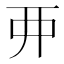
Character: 𫝁